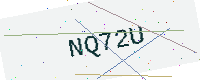
Text: NQ72U